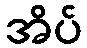
အိပ်